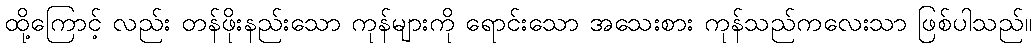
ထို့ကြောင့် လည်း တန်ဖိုးနည်းသော ကုန်များကို ရောင်းသော အသေးစား ကုန်သည်ကလေးသာ ဖြစ်ပါသည်။